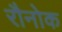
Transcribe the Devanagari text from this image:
रौनोक